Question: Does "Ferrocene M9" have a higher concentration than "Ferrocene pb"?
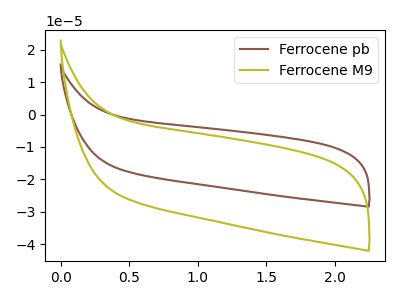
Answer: <think>The brown curve "Ferrocene pb" has no peaks. The olive curve "Ferrocene M9" has no peaks.
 Neither "Ferrocene M9" or "Ferrocene pb" have any peaks.</think>
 <answer>I cant tell if "Ferrocene M9" or "Ferrocene pb" has higher concentration.</answer>
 <eval>mixed_concentration</eval>